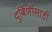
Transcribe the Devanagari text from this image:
दुर्बिणींसाठी